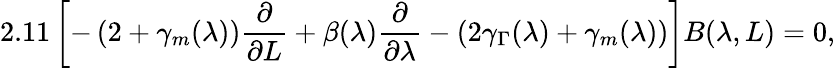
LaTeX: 2.11\left[-\left(2+\gamma_{m}(\lambda)\right)\frac{\partial}{\partial L}+\beta(\lambda)\frac{\partial}{\partial\lambda}-\left(2\gamma_{\Gamma}(\lambda)+\gamma_{m}(\lambda)\right)\right]B(\lambda,L)=0,